Indian journal of veterinary science and animal husbandry - Volumes 28-29, 1958-1959
Year: 1958
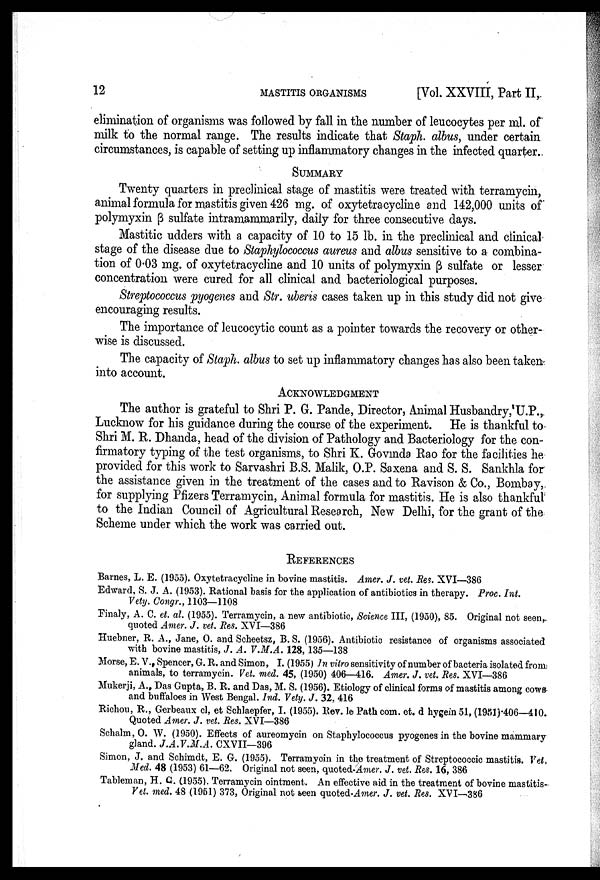
12
MASTITIS
ORGANISMS
[Vol. XXVIII, Part II,
elimination of organisms was followed by fall in the number of leucocytes per ml. of
milk to the normal range. The results indicate that Staph. albus, under certain
circumstances, is capable of setting up inflammatory changes in the infected quarter.
SUMMARY
Twenty quarters in preclinical stage of mastitis were treated with terramycin,
animal formula for mastitis given 426 mg. of oxytetracycline and 142,000 units of
polymyxin β sulfate intramammarily, daily for three consecutive days.
Mastitic udders with a capacity of 10 to 15 lb. in the preclinical and clinical
stage of the disease due to Staphylococcus aureus and albus sensitive to a combina
tion of 0.03 mg. of oxytetracycline and 10 units of polymyxin β sulfate or lesser
concentration were cured for all clinical and bacteriological purposes.
Streptococcus pyogenes and Str. uberis cases taken up in this study did not give
encouraging results.
The importance of leucocytic count as a pointer towards the recovery or other
wise is discussed.
The capacity of Staph. albus to set up inflammatory changes has also been taken
into account.
ACKNOWLEDGMENT
The author is grateful to Shri P. G. Pande, Director, Animal Husbandry, U.P.,
Lucknow for his guidance during the course of the experiment. He is thankful to
Shri M. R. Dhanda, head of the division of Pathology and Bacteriology for the con
firmatory typing of the test organisms, to Shri K. Govinda Rao for the facilities he
provided for this work to Sarvashri B.S. Malik, O.P. Saxena and S. S. Sankhla for
the assistance given in the treatment of the cases and to Ravison & Co., Bombay,
for supplying Pfizers Terramycin, Animal formula for mastitis. He is also thankful
to the Indian Council of Agricultural Research, New Delhi, for the grant of the
Scheme under which the work was carried out.
REFERENCES
Barnes, L. E. (1955). Oxytetracycline in bovine mastitis. Amer. J. vet. Res. XVI—386
Edward, S. J. A. (1953). Rational basis for the application of antibiotics in therapy. Proc. Int.
Vety. Congr., 1103—1108
Finaly, A. C. et. al. (1955). Terramycin, a new antibiotic, Science III, (1950), 85. Original not seen,
quoted Amer. J. vet. Res. XVI—386
Huebner, R. A., Jane, O. and Scheetsz, B. S. (1956). Antibiotic resistance of organisms associated
with bovine mastitis, J. A. V.M.A. 128, 135—138
Morse, E. V., Spencer, G. R. and Simon, I. (1955) In vitro sensitivity of number of bacteria isolated from
animals, to terramycin. Vet. med. 45, (1950) 406—416. Amer. J. vet. Res. XVI—386
Mukerji, A., Das Gupta, B. R. and Das, M. S. (1956). Etiology of clinical forms of mastitis among cows
and buffaloes in West Bengal. Ind. Vety. J. 32, 416
Richou, R., Gerbeaux cl, et Schlaepfer, I. (1955). Rev. le Path com. et. d hygein 51, (1951) 406—410.
Quoted Amer. J. vet. Res. XVI—386
Schalm, O. W. (1950). Effects of aureomycin on Staphylococcus pyogenes in the bovine mammary
gland. J.A.V.M.A. CXVII—396
Simon, J. and Schimdt, E. G. (1955). Terramyoin in the treatment of Streptococcic mastitis. Vet
Med. 48 (1953) 61—62. Original not seen, quoted-Amer. J. vet. Res. 16, 386
Tableman, H. G. (1955). Terramycin ointment. An effective aid in the treatment of bovine mastitis-
Vet. med. 48 (1951) 373, Original not seen quoted-Amer. J. vet. Res. XVI—386